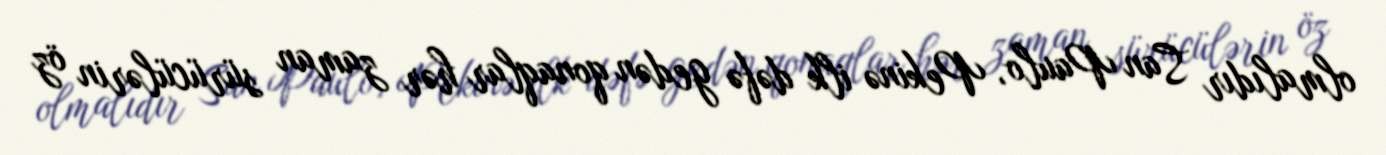
olmalıdır San Paulo, Pekinə ilk dəfə gedən qonaqlar hər zaman sürücülərin öz